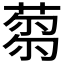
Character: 𦷝